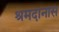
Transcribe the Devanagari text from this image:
श्रमदानास